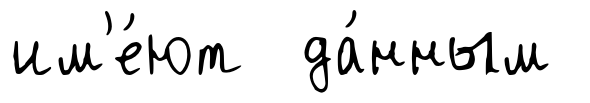
им'е́ют да́нным